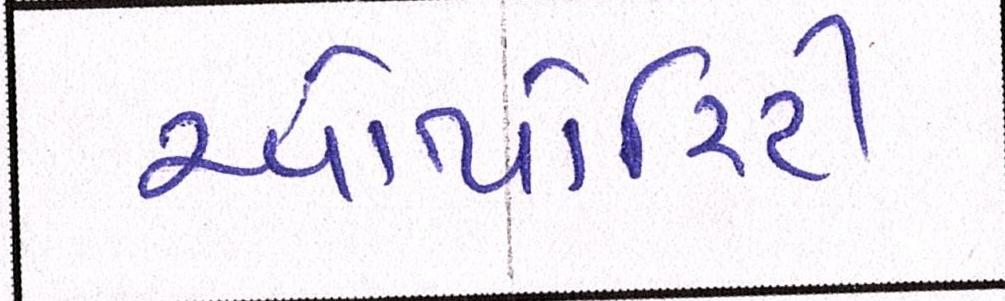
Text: ઓથોરિટી